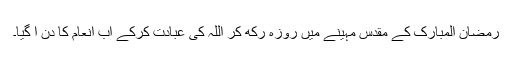
رمضان المبارک کے مقدس مہینے میں روزہ رکھ کر اللہ کی عبادت کرکے اب انعام کا دن آ گیا۔